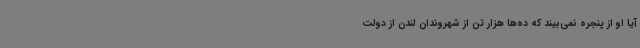
آیا او از پنجره نمی‌بیند که ده‌ها هزار تن از شهروندان لندن از دولت